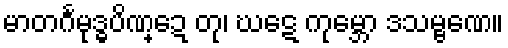
မာတင်္ဂမုဒ္ဓပိဏ္ဍေ တု၊ ဃဋေ ကုမ္ဘော ဒသမ္ဗဏေ။